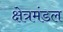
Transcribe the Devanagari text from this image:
क्षेत्रमंडल